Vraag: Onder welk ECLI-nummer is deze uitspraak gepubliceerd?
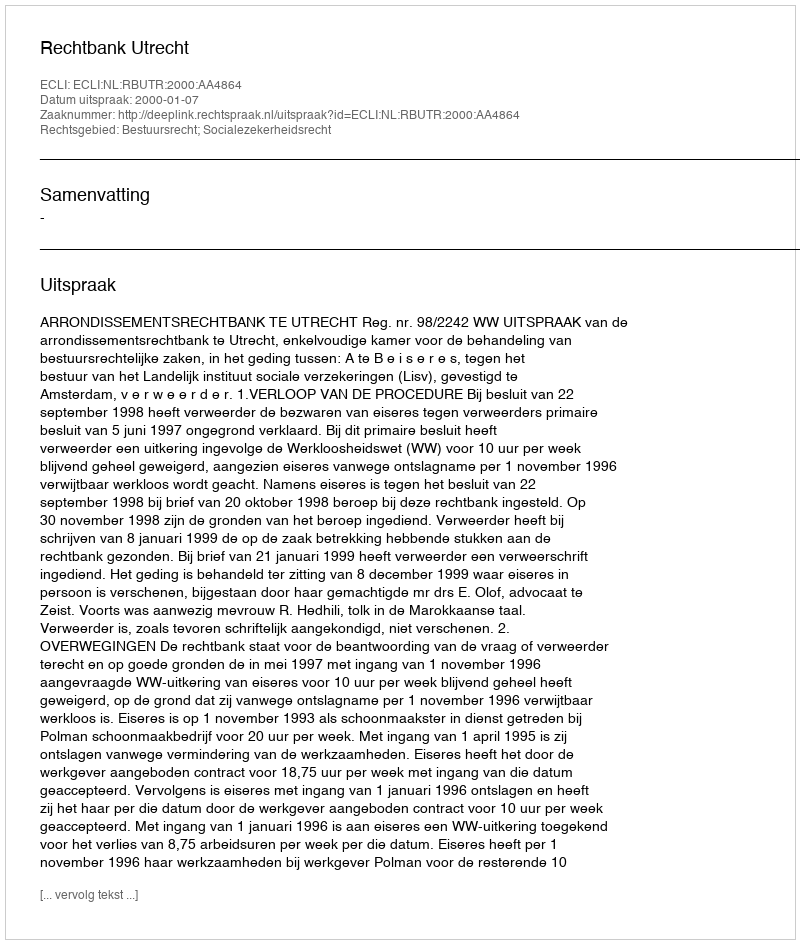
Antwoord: ECLI:NL:RBUTR:2000:AA4864